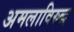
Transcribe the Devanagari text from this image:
अमलाविरुद्ध